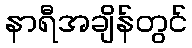
နာရီအချိန်တွင်